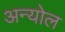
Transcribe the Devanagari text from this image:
अन्योल